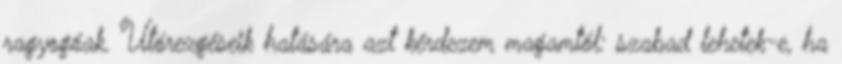
ragyogóak. Utórezgéseik hatására azt kérdezem magamtól: szabad lehetek-e, ha